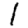
Digit: 1